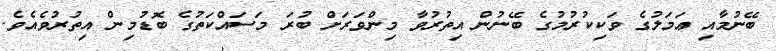
ބޭނުމާއި ޢަމަލުގެ ވަކިކުރުމުގެ ބޭނުން އިތުރުވާ މިންވަރަށް ބުރަ މަސައްކަތުގެ ބޮޑުމިން އިތުރުވެއެވެ.